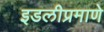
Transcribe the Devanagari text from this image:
इडलीप्रमाणे